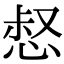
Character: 惄